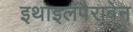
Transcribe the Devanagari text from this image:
इथाइलपैराबेन